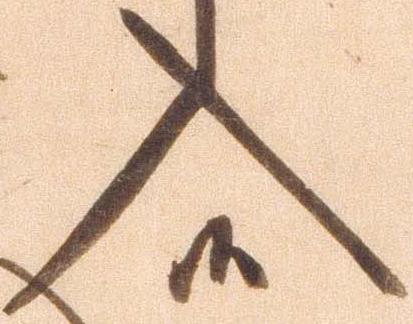
入